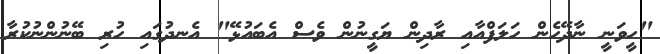
"ހީވަނީ ނާދޭހެން ހަލަފްއާއި ރާދިން ޔަގީނުން ވެސް އެބައުޅޭ" އެނދުގައި ހުރި ބޭނުންނުކުރާ